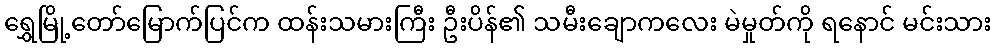
ရွှေမြို့တော်မြောက်ပြင်က ထန်းသမားကြီး ဦးပိန်၏ သမီးချောကလေး မဲမှုတ်ကို ရနောင် မင်းသား